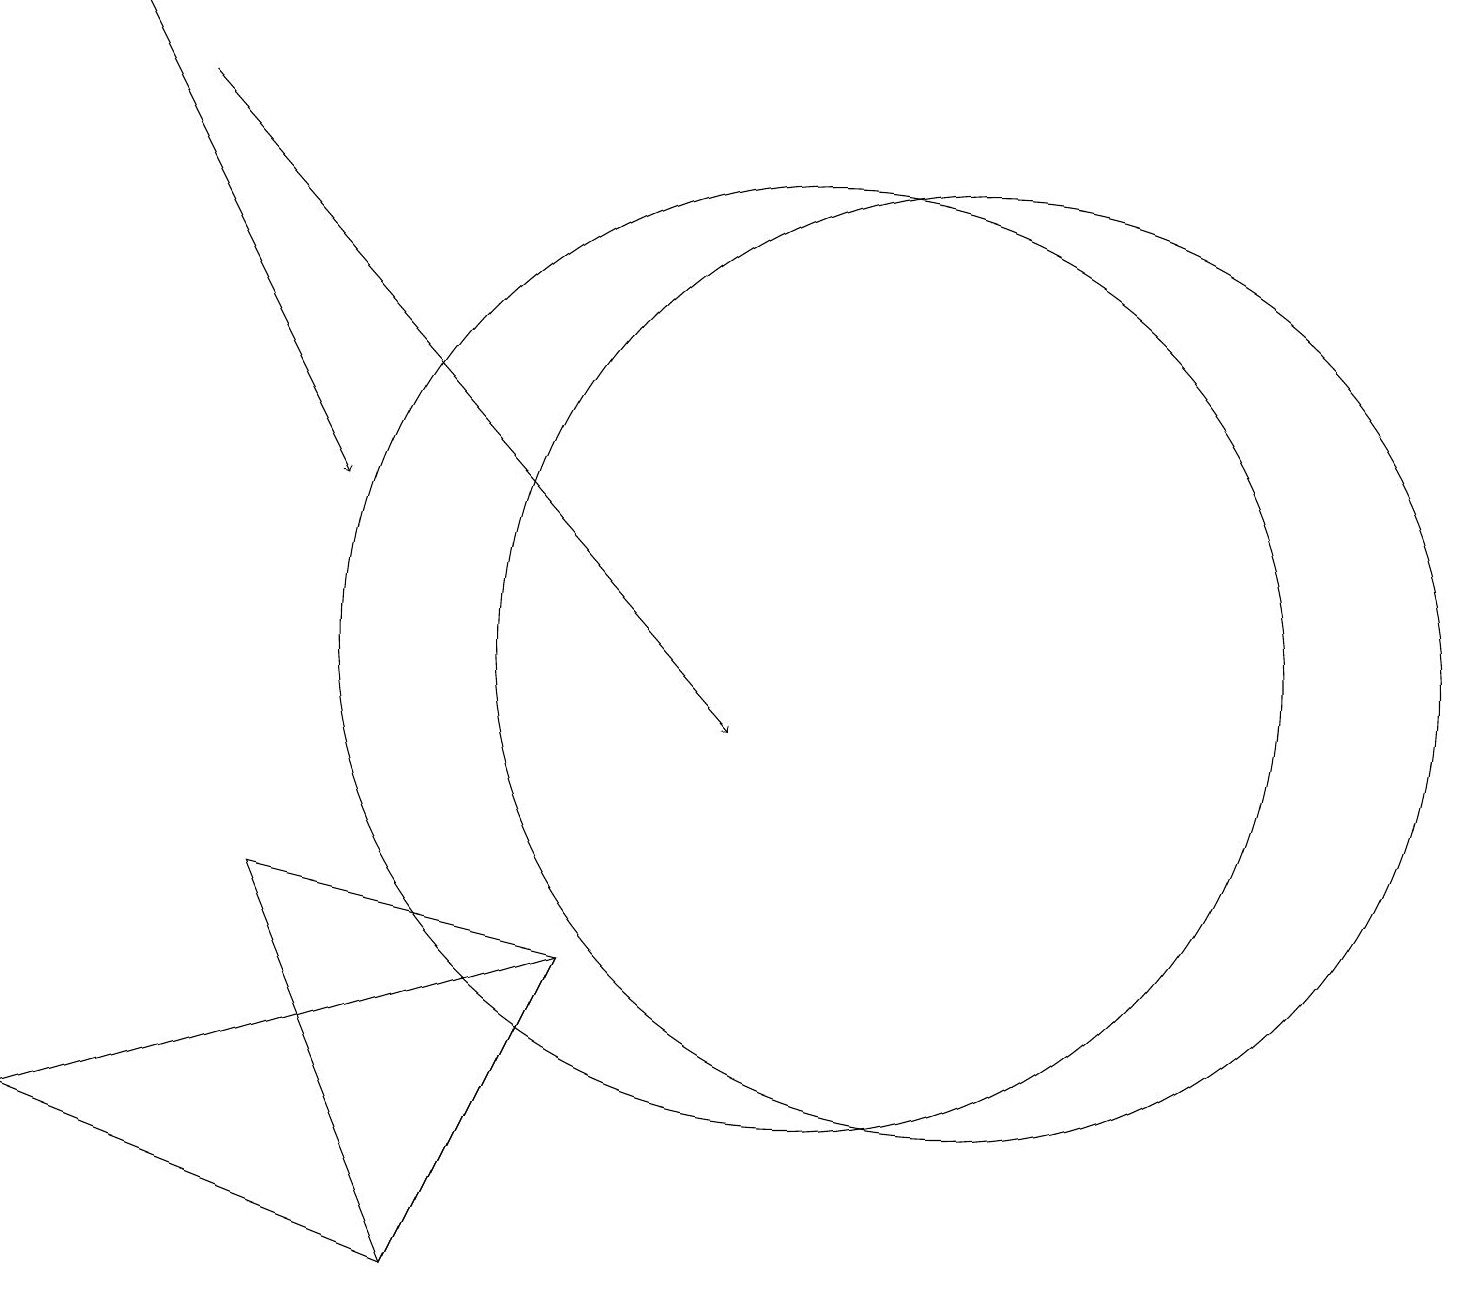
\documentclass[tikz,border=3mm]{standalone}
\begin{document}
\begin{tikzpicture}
\draw (0,5) -- (5,3) -- (7,7) -- cycle;
\draw[->] (2,18) -- (9,10);
\draw[->] (1,19) -- (4,13);
\draw (3,8) -- (5,3) -- (7,7) -- cycle;
\draw (10,11) circle (6);
\draw (12,11) circle (6);
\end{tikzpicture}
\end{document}